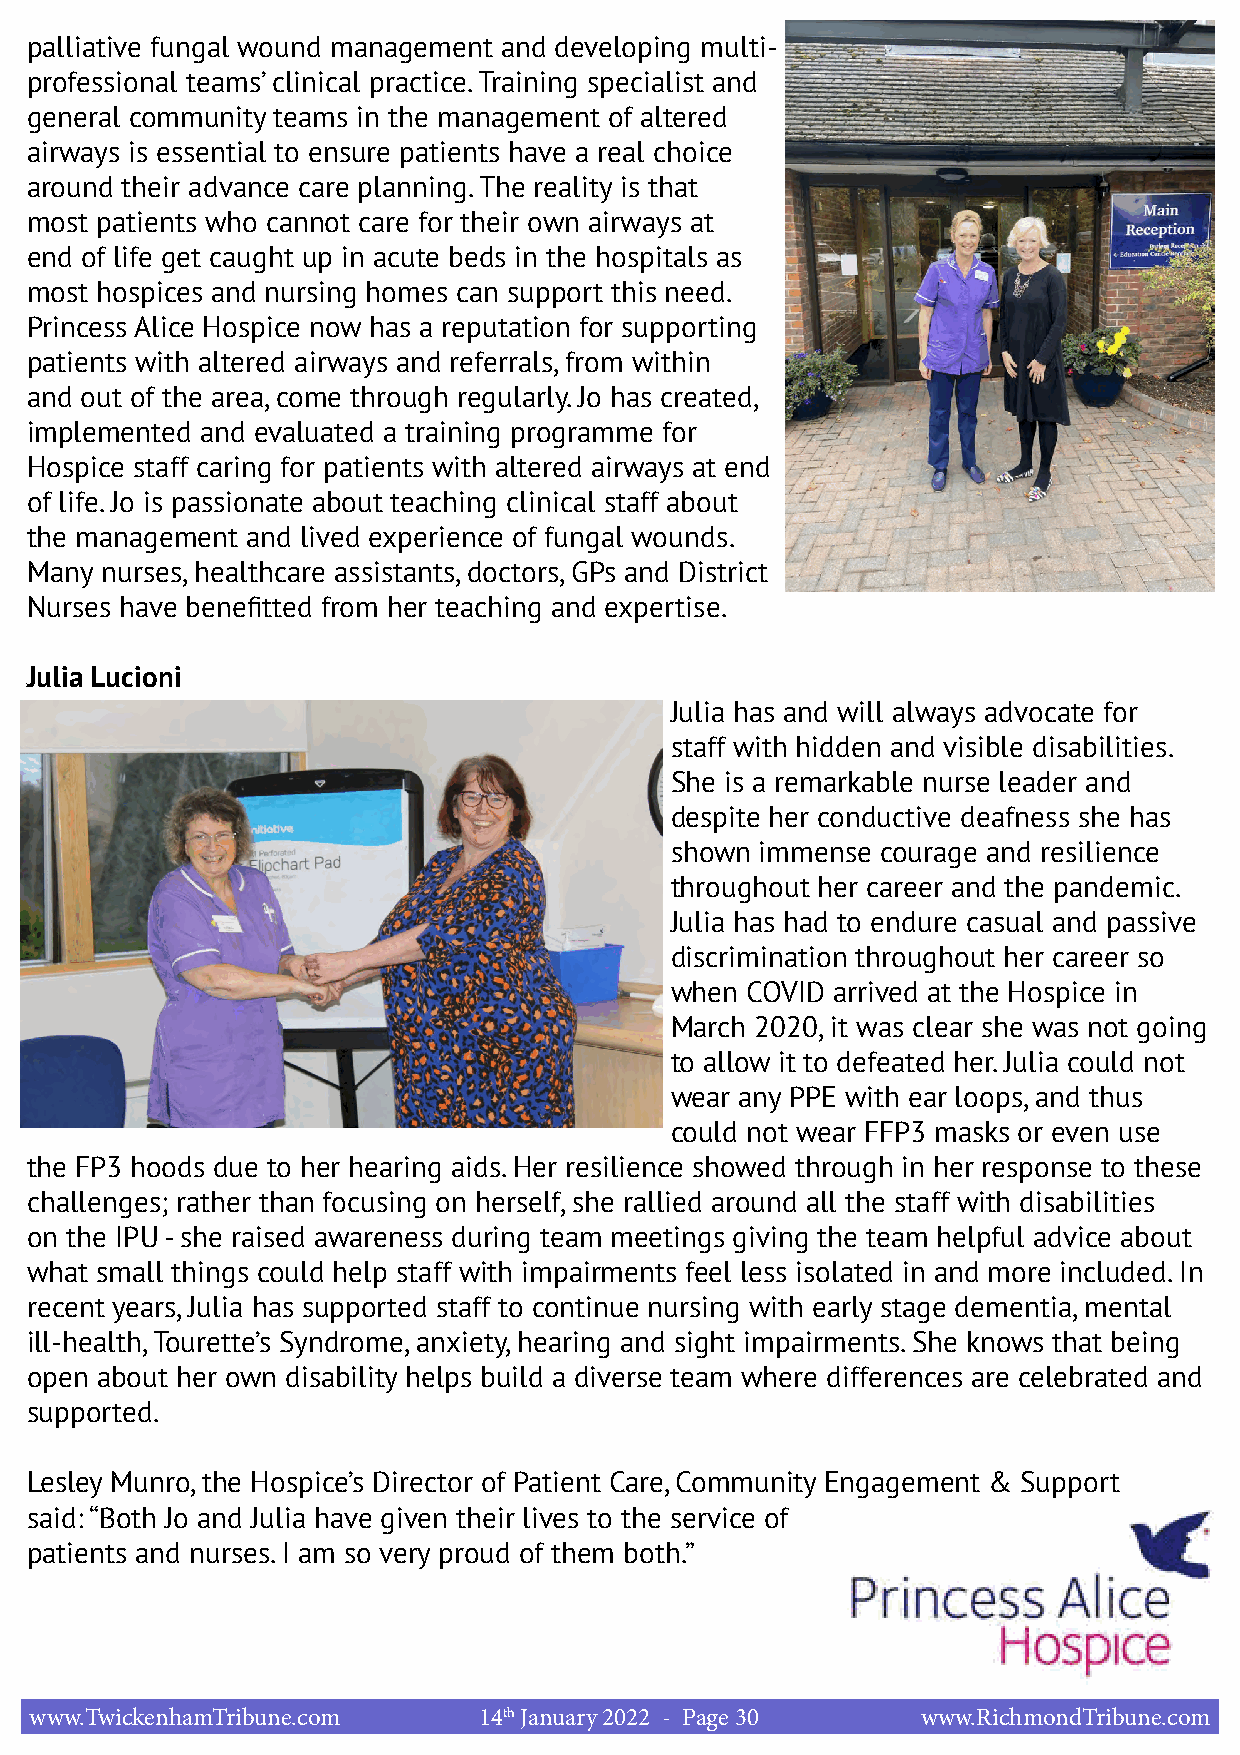
palliative fungal wound management and developing multi-
 professional teams’ clinical practice. Training specialist and
 general community teams in the management of altered
 airways is essential to ensure patients have a real choice
 around their advance care planning. The reality is that
 most patients who cannot care for their own airways at
 end of life get caught up in acute beds in the hospitals as
 most hospices and nursing homes can support this need.
 Princess Alice Hospice now has a reputation for supporting
 patients with altered airways and referrals, from within
 and out of the area, come through regularly. Jo has created,
 implemented and evaluated a training programme for
 Hospice staff caring for patients with altered airways at end
 of life. Jo is passionate about teaching clinical staff about
 the management and lived experience of fungal wounds.
 Many nurses, healthcare assistants, doctors, GPs and District
 Nurses have benefitted from her teaching and expertise.
 Julia Lucioni
 Julia has and will always advocate for
 staff with hidden and visible disabilities.
 She is a remarkable nurse leader and
 despite her conductive deafness she has
 shown immense courage and resilience
 throughout her career and the pandemic.
 Julia has had to endure casual and passive
 discrimination throughout her career so
 when COVID arrived at the Hospice in
 March 2020, it was clear she was not going
 to allow it to defeated her. Julia could not
 wear any PPE with ear loops, and thus
 could not wear FFP3 masks or even use
 the FP3 hoods due to her hearing aids. Her resilience showed through in her response to these
 challenges; rather than focusing on herself, she rallied around all the staff with disabilities
 on the IPU - she raised awareness during team meetings giving the team helpful advice about
 what small things could help staff with impairments feel less isolated in and more included. In
 recent years, Julia has supported staff to continue nursing with early stage dementia, mental
 ill-health, Tourette’s Syndrome, anxiety, hearing and sight impairments. She knows that being
 open about her own disability helps build a diverse team where differences are celebrated and
 supported.
 Lesley Munro, the Hospice’s Director of Patient Care, Community Engagement & Support
 said: “Both Jo and Julia have given their lives to the service of
 patients and nurses. I am so very proud of them both.”
 www.TwickenhamTribune.com     14th January 2022 - Page 30  www.RichmondTribune.com